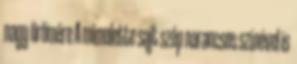
nagy örömére A mimolette sajt szép narancsos színével is